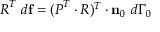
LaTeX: { \boldsymbol { R } } ^ { T } ~ d \mathbf { f } = ( { \boldsymbol { P } } ^ { T } \cdot { \boldsymbol { R } } ) ^ { T } \cdot \mathbf { n } _ { 0 } ~ d \Gamma _ { 0 }